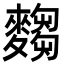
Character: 𮭿